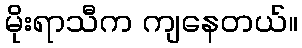
မိုးရာသီက ကျနေတယ်။